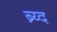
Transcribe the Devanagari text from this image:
ब्र्य्द